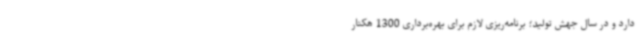
دارد و در سال جهش تولید؛ برنامه‌ریزی لازم برای بهره‌برداری 1300 هکتار